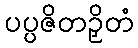
ပပ္ပဇိတဉှိတံ